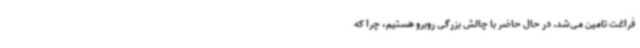
فراغت تامین می‌شد. در حال حاضر با چالش بزرگی روبرو هستیم، چرا که